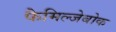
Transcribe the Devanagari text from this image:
फैमिल्जेबोक